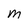
Character: m